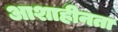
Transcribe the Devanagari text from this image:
आशाहीनता